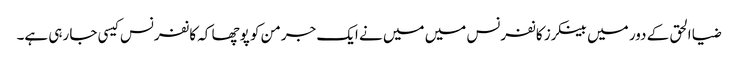
ضیا الحق کے دور میں بینکرز کانفرنس میں میں نے ایک جرمن کو پوچھا کہ کانفرنس کیسی جا رہی ہے۔